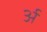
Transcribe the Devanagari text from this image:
र्अ